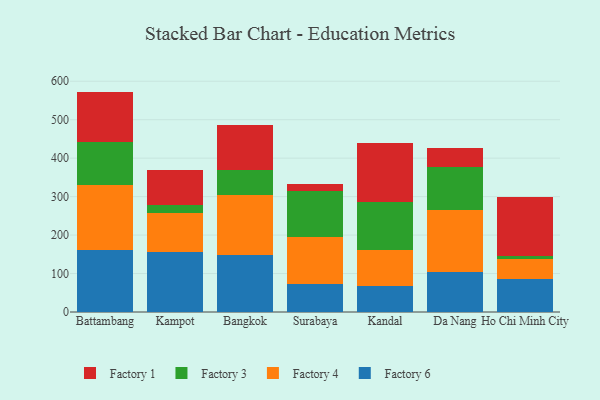
{"axis": {"x": "City", "y": "Latency (ms)"}, "legend": ["Factory 1", "Factory 3", "Factory 4", "Factory 6"], "data": [{"x": "Battambang", "y": 162.1, "type": "Factory 6"}, {"x": "Battambang", "y": 166.9, "type": "Factory 4"}, {"x": "Battambang", "y": 113.0, "type": "Factory 3"}, {"x": "Battambang", "y": 131.1, "type": "Factory 1"}, {"x": "Kampot", "y": 156.5, "type": "Factory 6"}, {"x": "Kampot", "y": 102.2, "type": "Factory 4"}, {"x": "Kampot", "y": 20.0, "type": "Factory 3"}, {"x": "Kampot", "y": 90.9, "type": "Factory 1"}, {"x": "Bangkok", "y": 149.5, "type": "Factory 6"}, {"x": "Bangkok", "y": 154.3, "type": "Factory 4"}, {"x": "Bangkok", "y": 66.5, "type": "Factory 3"}, {"x": "Bangkok", "y": 115.8, "type": "Factory 1"}, {"x": "Surabaya", "y": 72.9, "type": "Factory 6"}, {"x": "Surabaya", "y": 122.9, "type": "Factory 4"}, {"x": "Surabaya", "y": 119.5, "type": "Factory 3"}, {"x": "Surabaya", "y": 17.5, "type": "Factory 1"}, {"x": "Kandal", "y": 67.0, "type": "Factory 6"}, {"x": "Kandal", "y": 93.5, "type": "Factory 4"}, {"x": "Kandal", "y": 125.1, "type": "Factory 3"}, {"x": "Kandal", "y": 154.2, "type": "Factory 1"}, {"x": "Da Nang", "y": 103.5, "type": "Factory 6"}, {"x": "Da Nang", "y": 161.2, "type": "Factory 4"}, {"x": "Da Nang", "y": 111.8, "type": "Factory 3"}, {"x": "Da Nang", "y": 50.9, "type": "Factory 1"}, {"x": "Ho Chi Minh City", "y": 85.6, "type": "Factory 6"}, {"x": "Ho Chi Minh City", "y": 51.8, "type": "Factory 4"}, {"x": "Ho Chi Minh City", "y": 8.1, "type": "Factory 3"}, {"x": "Ho Chi Minh City", "y": 154.0, "type": "Factory 1"}]}